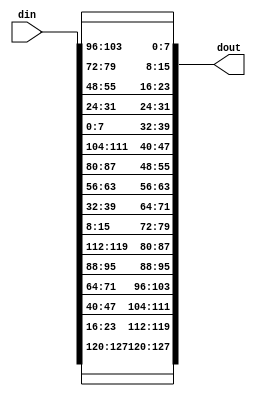

module invShiftRows(din,dout);
input [127:0] din;
output [127:0]dout;

assign dout[7+4*8:4*8]=din[7+0*8:0*8];
assign dout[7+8*8:8*8]=din[7+4*8:4*8] ;
assign dout[7+12*8:12*8]=din[7+8*8:8*8]; 
assign dout[7+0*8:0*8]=din[7+12*8:12*8];

assign dout[7+9*8:9*8]=din[7+1*8:1*8]  ;
assign dout[7+13*8:13*8]=din[7+5*8:5*8]  ;   
assign dout[7+1*8:1*8]=din[7+9*8:9*8]  ;
assign dout[7+5*8:5*8]=din[7+13*8:13*8]  ;

assign dout[7+14*8:14*8]=din[7+2*8:2*8] ;   
assign dout[7+2*8:2*8]=din[7+6*8:6*8];
assign dout[7+6*8:6*8]=din[7+10*8:10*8] ;
assign dout[7+10*8:10*8]=din[7+14*8:14*8] ;

assign dout[7+3*8:3*8]=din[7+3*8:3*8];
assign dout[7+7*8:7*8]=din[7+7*8:7*8];
assign dout[7+11*8:11*8]=din[7+11*8:11*8];
assign dout[7+15*8:15*8]=din[7+15*8:15*8];


endmodule